画像に写った文字を読んでください
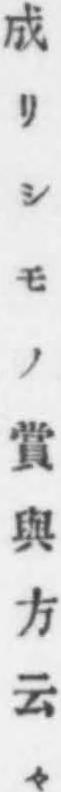
「成リシモノ賞與方云々」と書いてあります